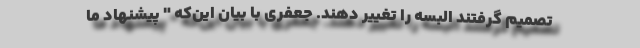
تصمیم گرفتند البسه را تغییر دهند. جعفری با بیان این‌که " پیشنهاد ما